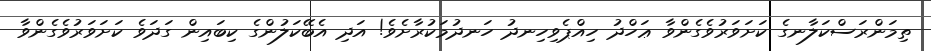
ތިމަންރަސްކަލާނގެ ކަށަވަރުވެގެންވާ ޢަހްދު ހިއްޕެވިހިނދު ހަނދުމަކުރާށެވެ! އަދި އެބޭކަލުންގެ ކިބައިން ގަދަވެ ކަށަވަރުވެގެންވާ